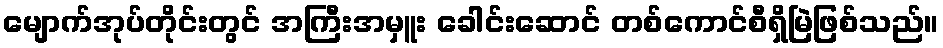
မျောက်အုပ်တိုင်းတွင် အကြီးအမှူး ခေါင်းဆောင် တစ်ကောင်စီရှိမြဲဖြစ်သည်။